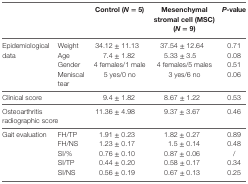
<table><thead><tr><td colspan="2"></td><td><b>Control (<i>N</i> = 5)</b></td><td><b>Mesenchymal stromal cell (MSC) (<i>N</i> = 9)</b></td><td><b><i>P</i>-value</b></td></tr></thead><tbody><tr><td rowspan="4">Epidemiological data</td><td>Weight</td><td>34.12 ± 11.13</td><td>37.54 ± 12.64</td><td>0.71</td></tr><tr><td>Age</td><td>7.4 ± 1.82</td><td>5.33 ± 3.5</td><td>0.08</td></tr><tr><td>Gender</td><td>4 females/1 male</td><td>4 females/5 males</td><td>0.51</td></tr><tr><td>Meniscal tear</td><td>5 yes/0 no</td><td>3 yes/6 no</td><td>0.06</td></tr><tr><td colspan="2">Clinical score</td><td>9.4 ± 1.82</td><td>8.67 ± 1.22</td><td>0.53</td></tr><tr><td colspan="2">Osteoarthritis radiographic score</td><td>11.36 ± 4.98</td><td>9.37 ± 3.67</td><td>0.46</td></tr><tr><td rowspan="5">Gait evaluation</td><td>FH/TP</td><td>1.91 ± 0.23</td><td>1.82 ± 0.27</td><td>0.89</td></tr><tr><td>FH/NS</td><td>1.23 ± 0.17</td><td>1.5 ± 0.14</td><td>0.48</td></tr><tr><td>SI/%</td><td>0.76 ± 0.10</td><td>0.87 ± 0.06</td><td>/</td></tr><tr><td>SI/TP</td><td>0.44 ± 0.20</td><td>0.58 ± 0.17</td><td>0.34</td></tr><tr><td>SI/NS</td><td>0.56 ± 0.19</td><td>0.67 ± 0.13</td><td>0.25</td></tr></tbody></table>